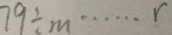
7 9 \div m \cdots r